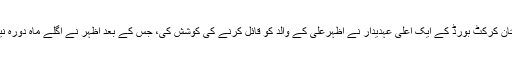
پیر کو ان کے مستعفی ہونے کی وجوہ جاننے کے بعد پاکستان کرکٹ بورڈ کے ایک اعلی عہدیدار نے اظہرعلی کے والد کو قائل کرنے کی کوشش کی، جس کے بعد اظہر نے اگلے ماہ دورہ نیوزی لینڈ میں ٹیم کی قیادت جاری رکھنے کی حامی بھرلی۔